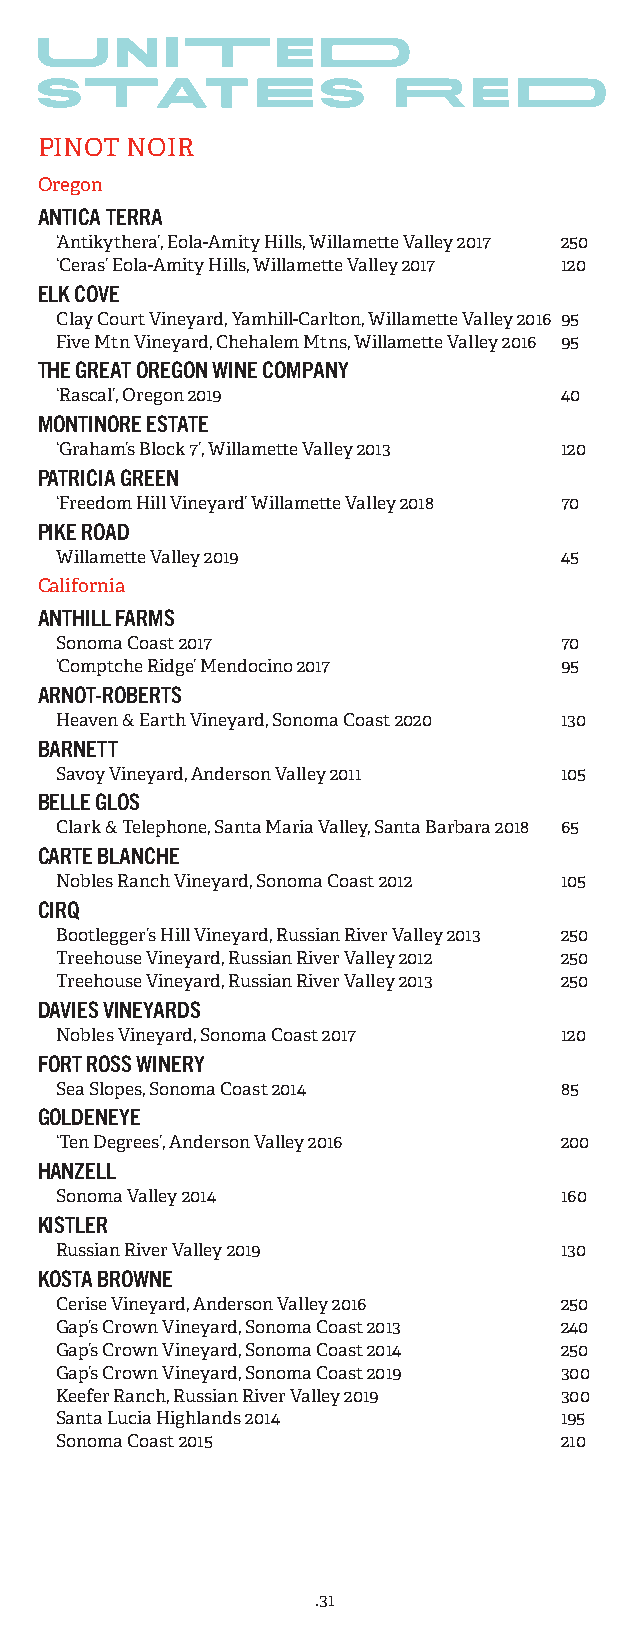
PINOT NOIR
 Oregon
 ANTICA TERRA
 ‘Antikythera’, Eola-Amity Hills, Willamette Valley 2017 250
 ‘Ceras’ Eola-Amity Hills, Willamette Valley 2017 120
 ELK COVE
 Clay Court Vineyard, Yamhill-Carlton, Willamette Valley 2016 95
 Five Mtn Vineyard, Chehalem Mtns, Willamette Valley 2016 95
 THE GREAT OREGON WINE COMPANY
 ‘Rascal’, Oregon 2019            40
 MONTINORE ESTATE
 ‘Graham’s Block 7’, Willamette Valley 2013 120
 PATRICIA GREEN
 ‘Freedom Hill Vineyard’ Willamette Valley 2018 70
 PIKE ROAD
 Willamette Valley 2019           45
 California
 ANTHILL FARMS
 Sonoma Coast 2017                70
 ‘Comptche Ridge’ Mendocino 2017  95
 ARNOT-ROBERTS
 Heaven & Earth Vineyard, Sonoma Coast 2020 130
 BARNETT
 Savoy Vineyard, Anderson Valley 2011 105
 BELLE GLOS
 Clark & Telephone, Santa Maria Valley, Santa Barbara 2018 65
 CARTE BLANCHE
 Nobles Ranch Vineyard, Sonoma Coast 2012 105
 CIRQ
 Bootlegger’s Hill Vineyard, Russian River Valley 2013 250
 Treehouse Vineyard, Russian River Valley 2012 250
 Treehouse Vineyard, Russian River Valley 2013 250
 DAVIES VINEYARDS
 Nobles Vineyard, Sonoma Coast 2017 120
 FORT ROSS WINERY
 Sea Slopes, Sonoma Coast 2014    85
 GOLDENEYE
 ‘Ten Degrees’, Anderson Valley 2016 200
 HANZELL
 Sonoma Valley 2014               160
 KISTLER
 Russian River Valley 2019        130
 KOSTA BROWNE
 Cerise Vineyard, Anderson Valley 2016 250
 Gap’s Crown Vineyard, Sonoma Coast 2013 240
 Gap’s Crown Vineyard, Sonoma Coast 2014 250
 Gap’s Crown Vineyard, Sonoma Coast 2019 300
 Keefer Ranch, Russian River Valley 2019 300
 Santa Lucia Highlands 2014       195
 Sonoma Coast 2015                210
 .31